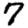
Digit: 7